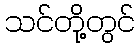
သင်တို့တွင်